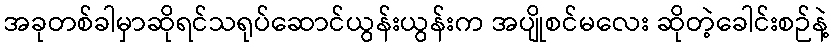
အခုတစ်ခါမှာဆိုရင်သရုပ်ဆောင်ယွန်းယွန်းက အပျိုစင်မလေး ဆိုတဲ့ခေါင်းစဉ်နဲ့